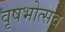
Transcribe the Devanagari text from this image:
वृषभोत्सव